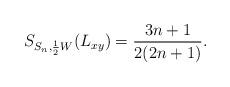
LaTeX: \begin{align*} S_{S_n,\frac{1}{2}W}(L_{xy})=\frac{3n+1}{2(2n+1)}.\end{align*}